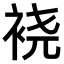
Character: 𫋹